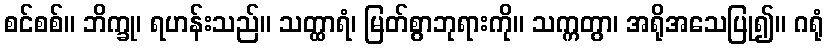
စင်စစ်။ ဘိက္ခု၊ ရဟန်းသည်။ သတ္ထာရံ၊ မြတ်စွာဘုရားကို။ သက္ကတွာ၊ အရိုအသေပြု၍။ ဂရုံ